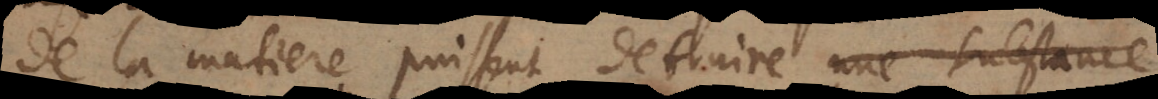
de la matiere puissent detruire une substance